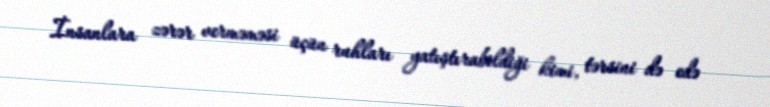
İnsanlara zərər verməməsi üçün ruhları yatıştırabildiği kimi, tərsini də edə